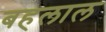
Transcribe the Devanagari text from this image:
बहलाल